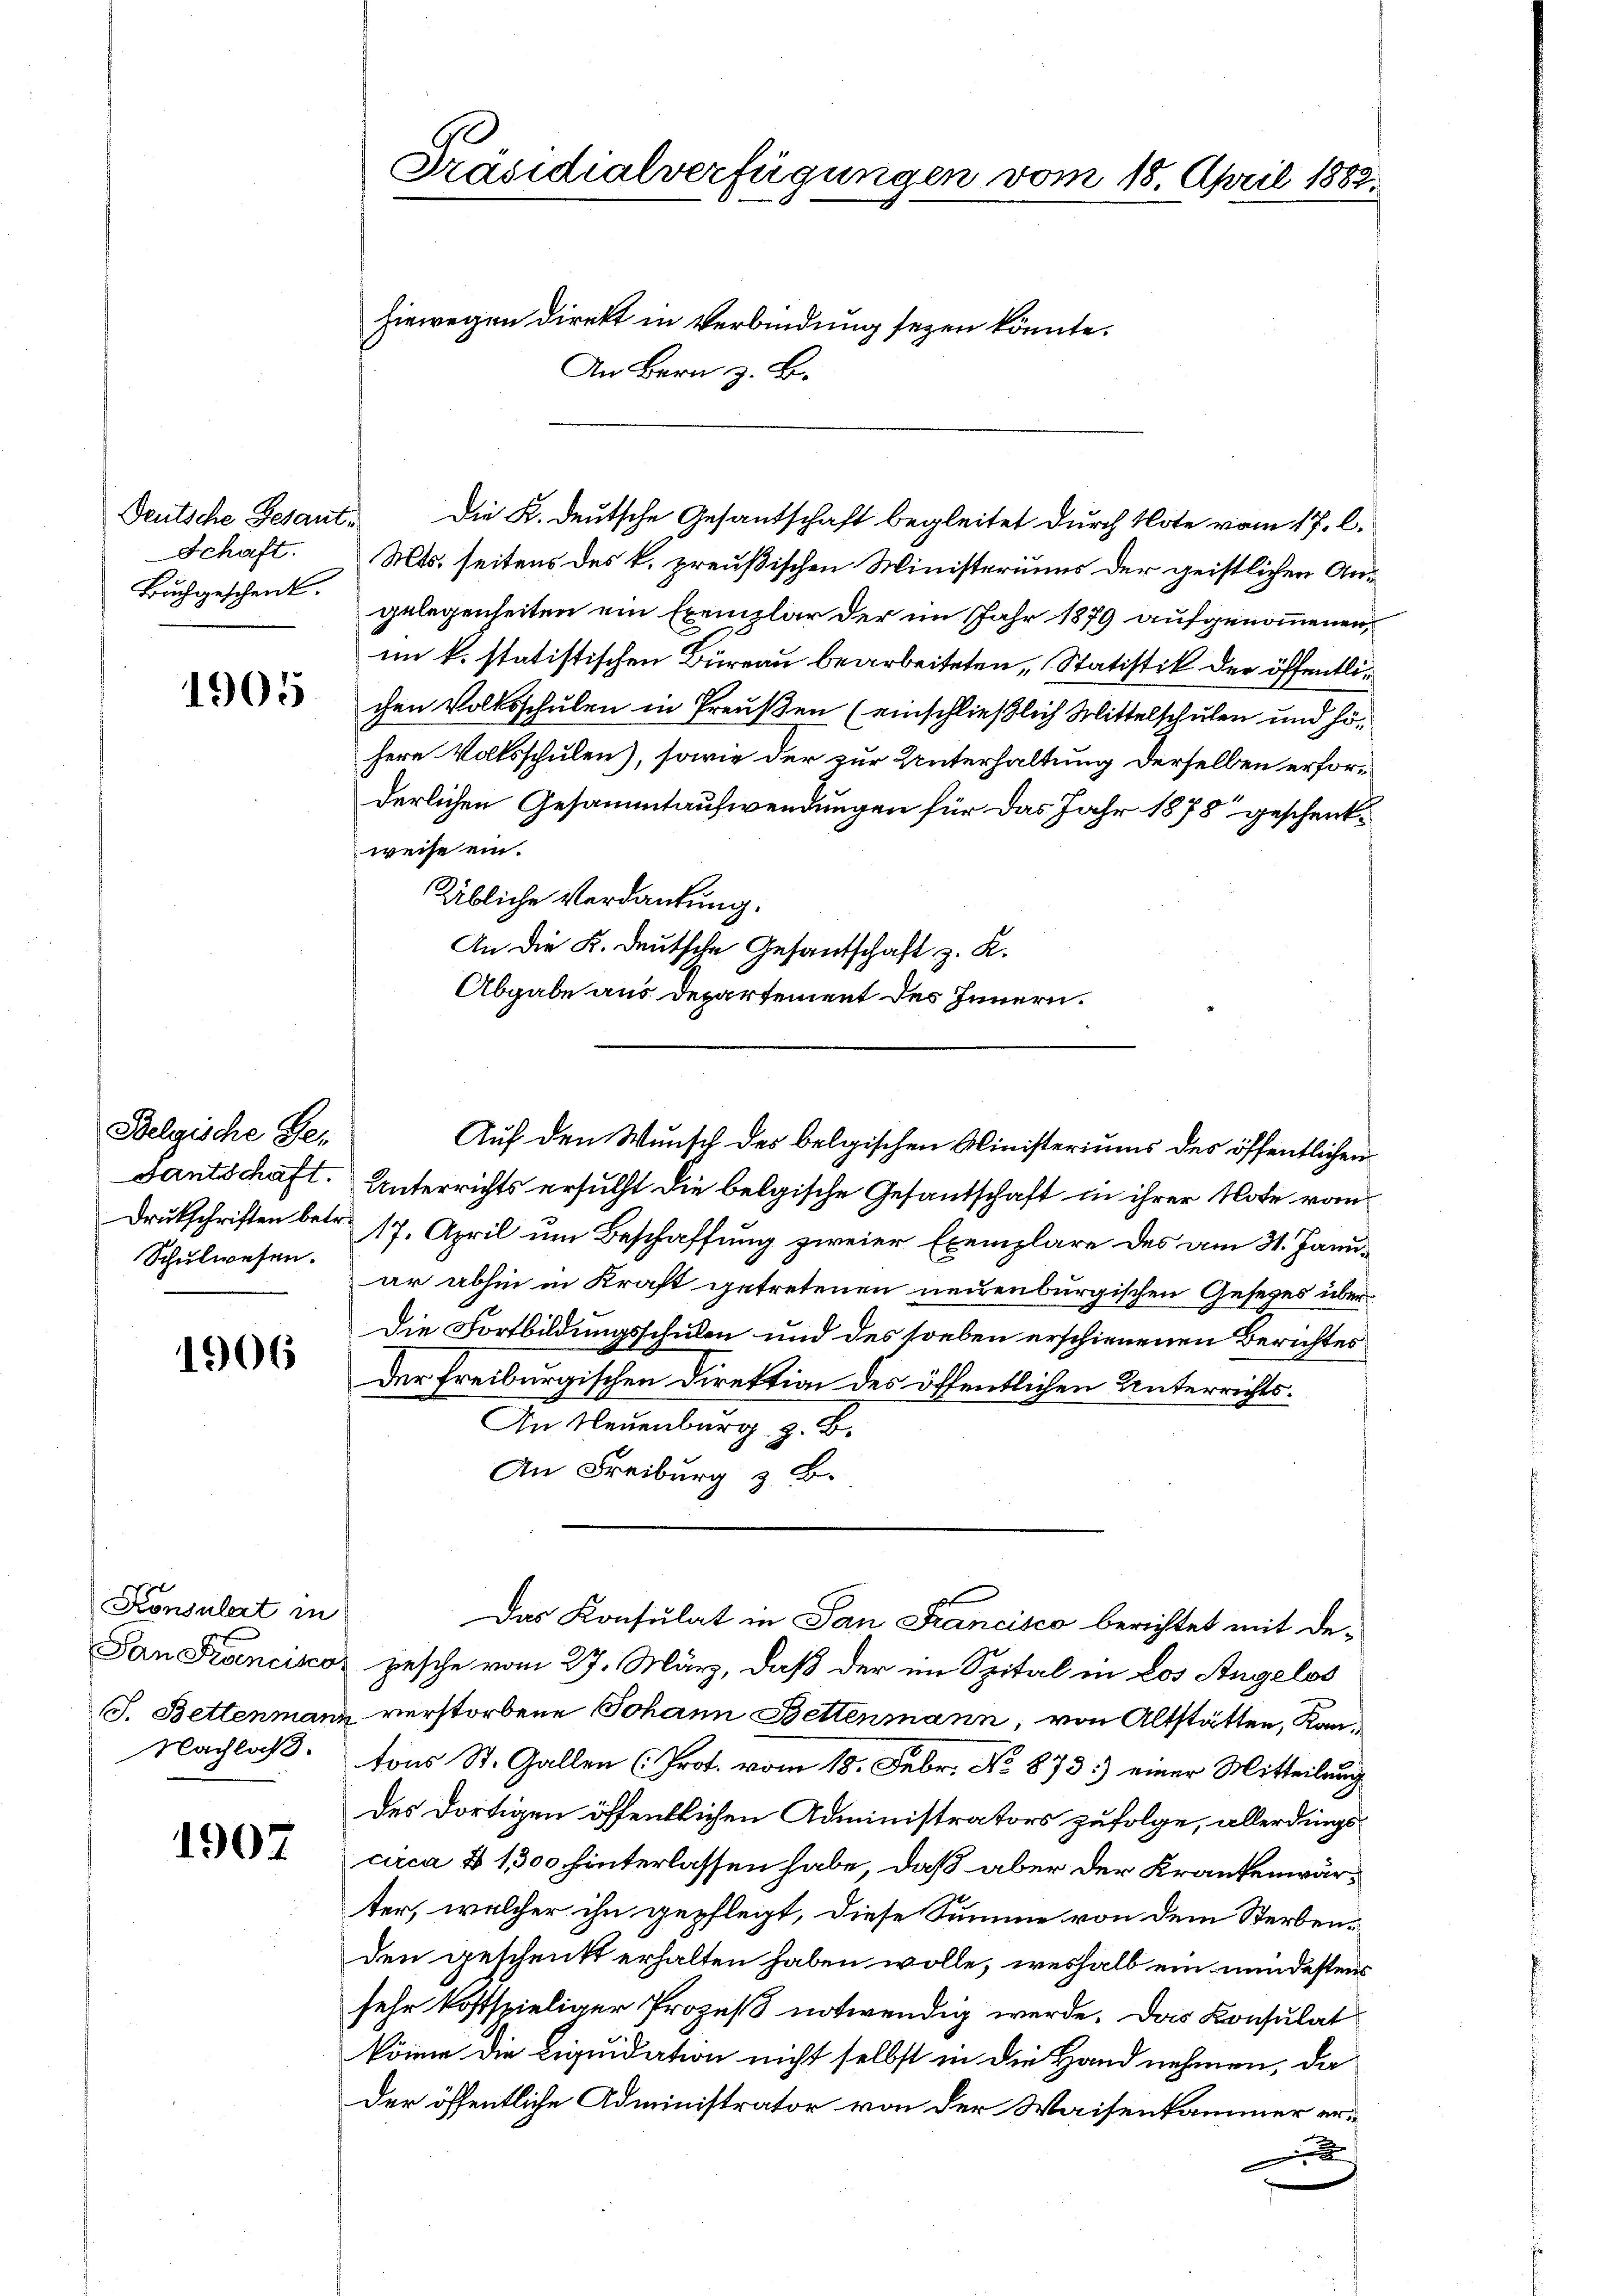
Deutsche Gesant¬
Schaft.
Buchgeschenk.

1905

Belgische Ge-
dantschaft.

1906

Konsulat in

1907

Präsidialverfügungen vom 18. April 1883.
hiewegen direkt in Verbindung seyen könnte.
An Bern z. B.

Mts. seitens des k. preußischen Ministeriums der geistlichen Angelegenheiten ein Exemplar der im Jahr 1879 aufgenommenen,
im k. statistischen Büreau bearbeiteten, Statistik der öffentlichen Volksschulen in Preußen (einschließlich Mittelschulen und höhere Volksschulen), sowie der zur Unterhaltung derselben erforderlichen Gesammtaufwendungen für das Jahr 1878 geschenkweise ein.
Übliche Verdankung.
An die K. Deutsche Gesandschaft z. K.
Abgabe aus Departement des Innern.
Unterrichts ersucht die belgische Gesandschaft in ihrer Note von
Drukschriften betr. 17. April um Beschaffung zweier Exemplare des am 31. Janu¬
Schulwesen er abhin in Kraft getretenen neuenburgischen Gesetzes über¬
Die Fortbildungsschulen und des soeben erschienenen Berichtes
Der freiburgischen Direktion des öffentlichen Unterrichts¬
An Neuenburg z. B.
An Freiburg & B.
Das Konsulat in San Francisco berichtet mit de¬
San Franciscor zesche vom 27. März, daß der im Spital in Los Angelos
S. Bettenmann verstorbene Johann Bettenmann, von Altstätten, Kan
Nachlaß. tons St. Gallen (Prot. vom 18. Febr. No 873.) einer Mitteilung
des dortigen öffentlichen Administrators zufolge, allerdingscirca § 1,300 hinterlassen habe, daß aber der Krankenwärter, welcher ihn gepfleigt, diese Summe von dem Sterbenden geschenkt erhalten haben wolle, weshalb ein mindestens
sehr kostspieliger Prozeß notwendig werde. Das Konsulat
könne die Liquidation nicht selbst in die Hand nehmen, da
der öffentliche Administrator von der Waisenkammer er¬

Die K. deutsche Gesandtschaft begleitet durch Note vom 17. l.

Auf den Wunsch des belgischen Ministeriums des öffentlichen